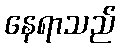
နေရာသည်